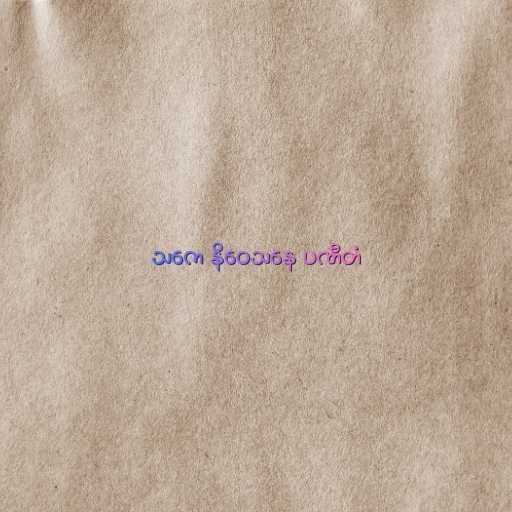
သကေ နိဝေသနေ ပဏီတံ